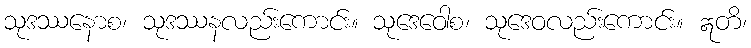
သုဒဿနောစ၊ သုဒဿနလည်းကောင်း။ သုဒေဝေါစ၊ သုဒေဝလည်းကောင်း။ ဣတိ၊